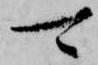
可